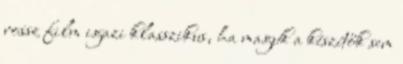
rossz film igazi klasszikus, ha maguk a készítők sem